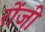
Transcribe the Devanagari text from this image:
रोंजी